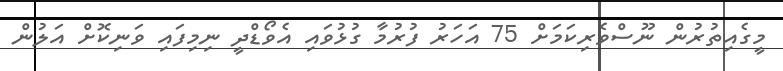
މީގެއިތުރުން ނޫސްވެރިކަމަށް 75 އަހަރު ފުރުމާ ގުޅުވައި އެވޯޑްދީ ނިމިފައި ވަނިކޮށް އަލުން